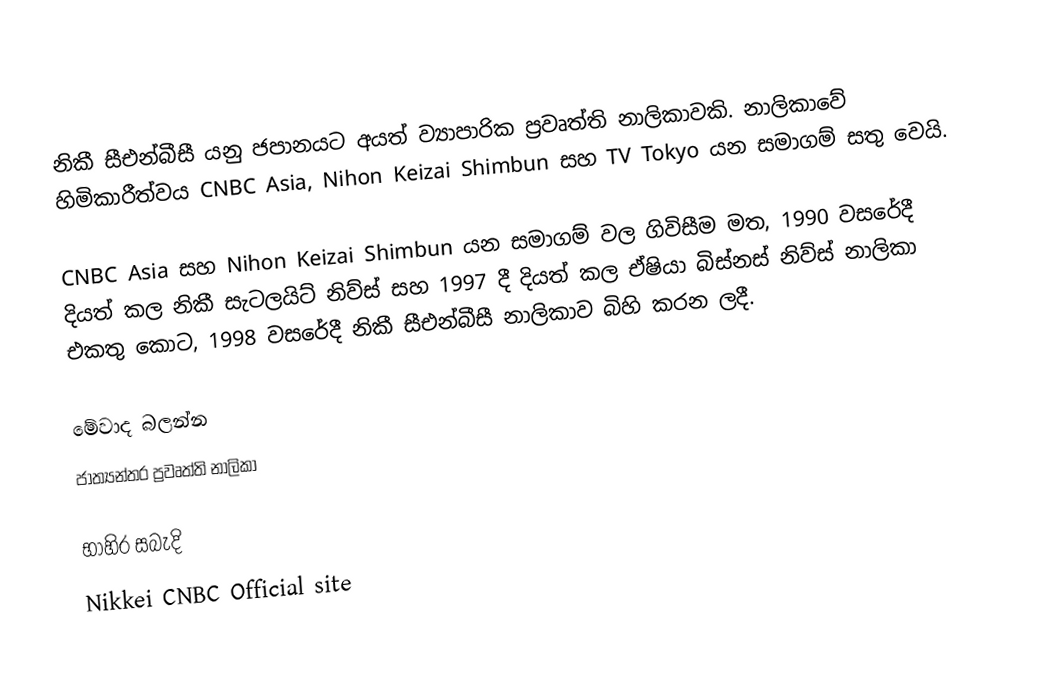
නිකී සීඑන්බීසී යනු ජපානයට අයත් ව්‍යාපාරික ප්‍රවෘත්ති නාලිකාවකි. නාලිකාවේ හිමිකාරීත්වය CNBC Asia, Nihon Keizai Shimbun සහ TV Tokyo යන සමාගම් සතු වෙයි.

CNBC Asia සහ Nihon Keizai Shimbun යන සමාගම් වල ගිවිසීම මත, 1990 වසරේදී දියත් කල නිකී සැටලයිට් නිව්ස් සහ 1997 දී දියත් කල ඒෂියා බිස්නස් නිව්ස් නාලිකා එකතු කොට, 1998 වසරේදී නිකී සීඑන්බීසී නාලිකාව බිහි කරන ලදී.

මේවාද බලන්න
 ජාත්‍යන්තර ප්‍රවෘත්ති නාලිකා

භාහිර සබැදි
 Nikkei CNBC Official site